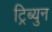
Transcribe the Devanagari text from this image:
ट्रिब्युन